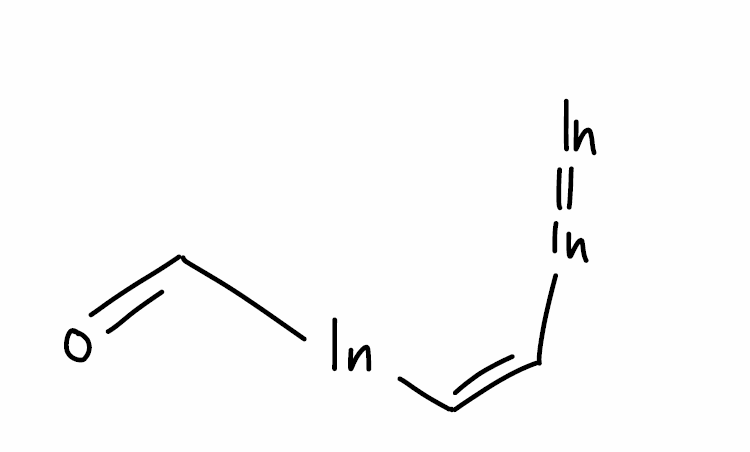
Simplified molecular-input line-entry system (SMILES) notation of the given molecule:
C(=C\[In]=[In])\[In]C=O